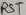
Text: RST